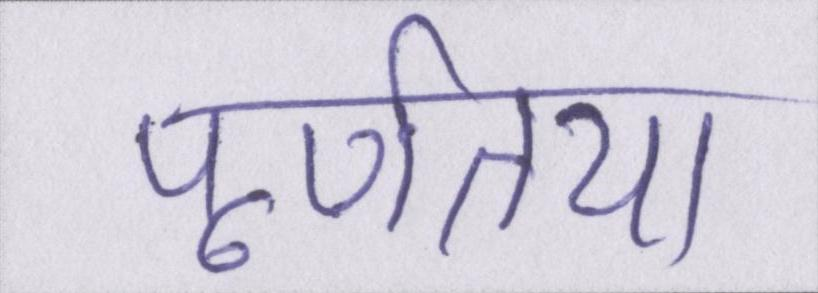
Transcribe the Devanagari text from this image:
पूर्णतया